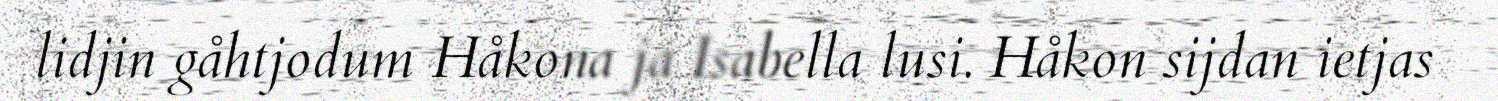
lidjin gåhtjodum Håkona ja Isabella lusi. Håkon sijdan ietjas